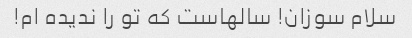
سلام سوزان! سالهاست که تو را ندیده ام!